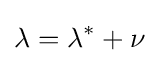
\lambda =\lambda ^{*}+\nu \,\!